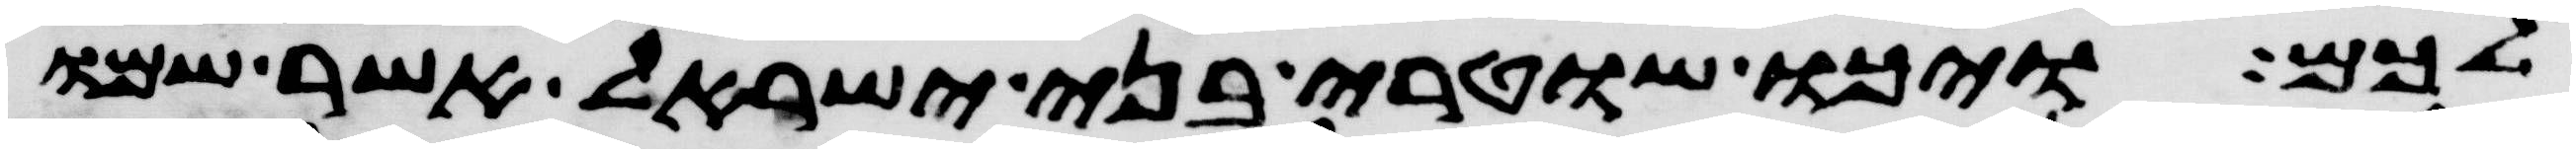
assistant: לכם ויכו שוטרי בני ישראל אשר שמו